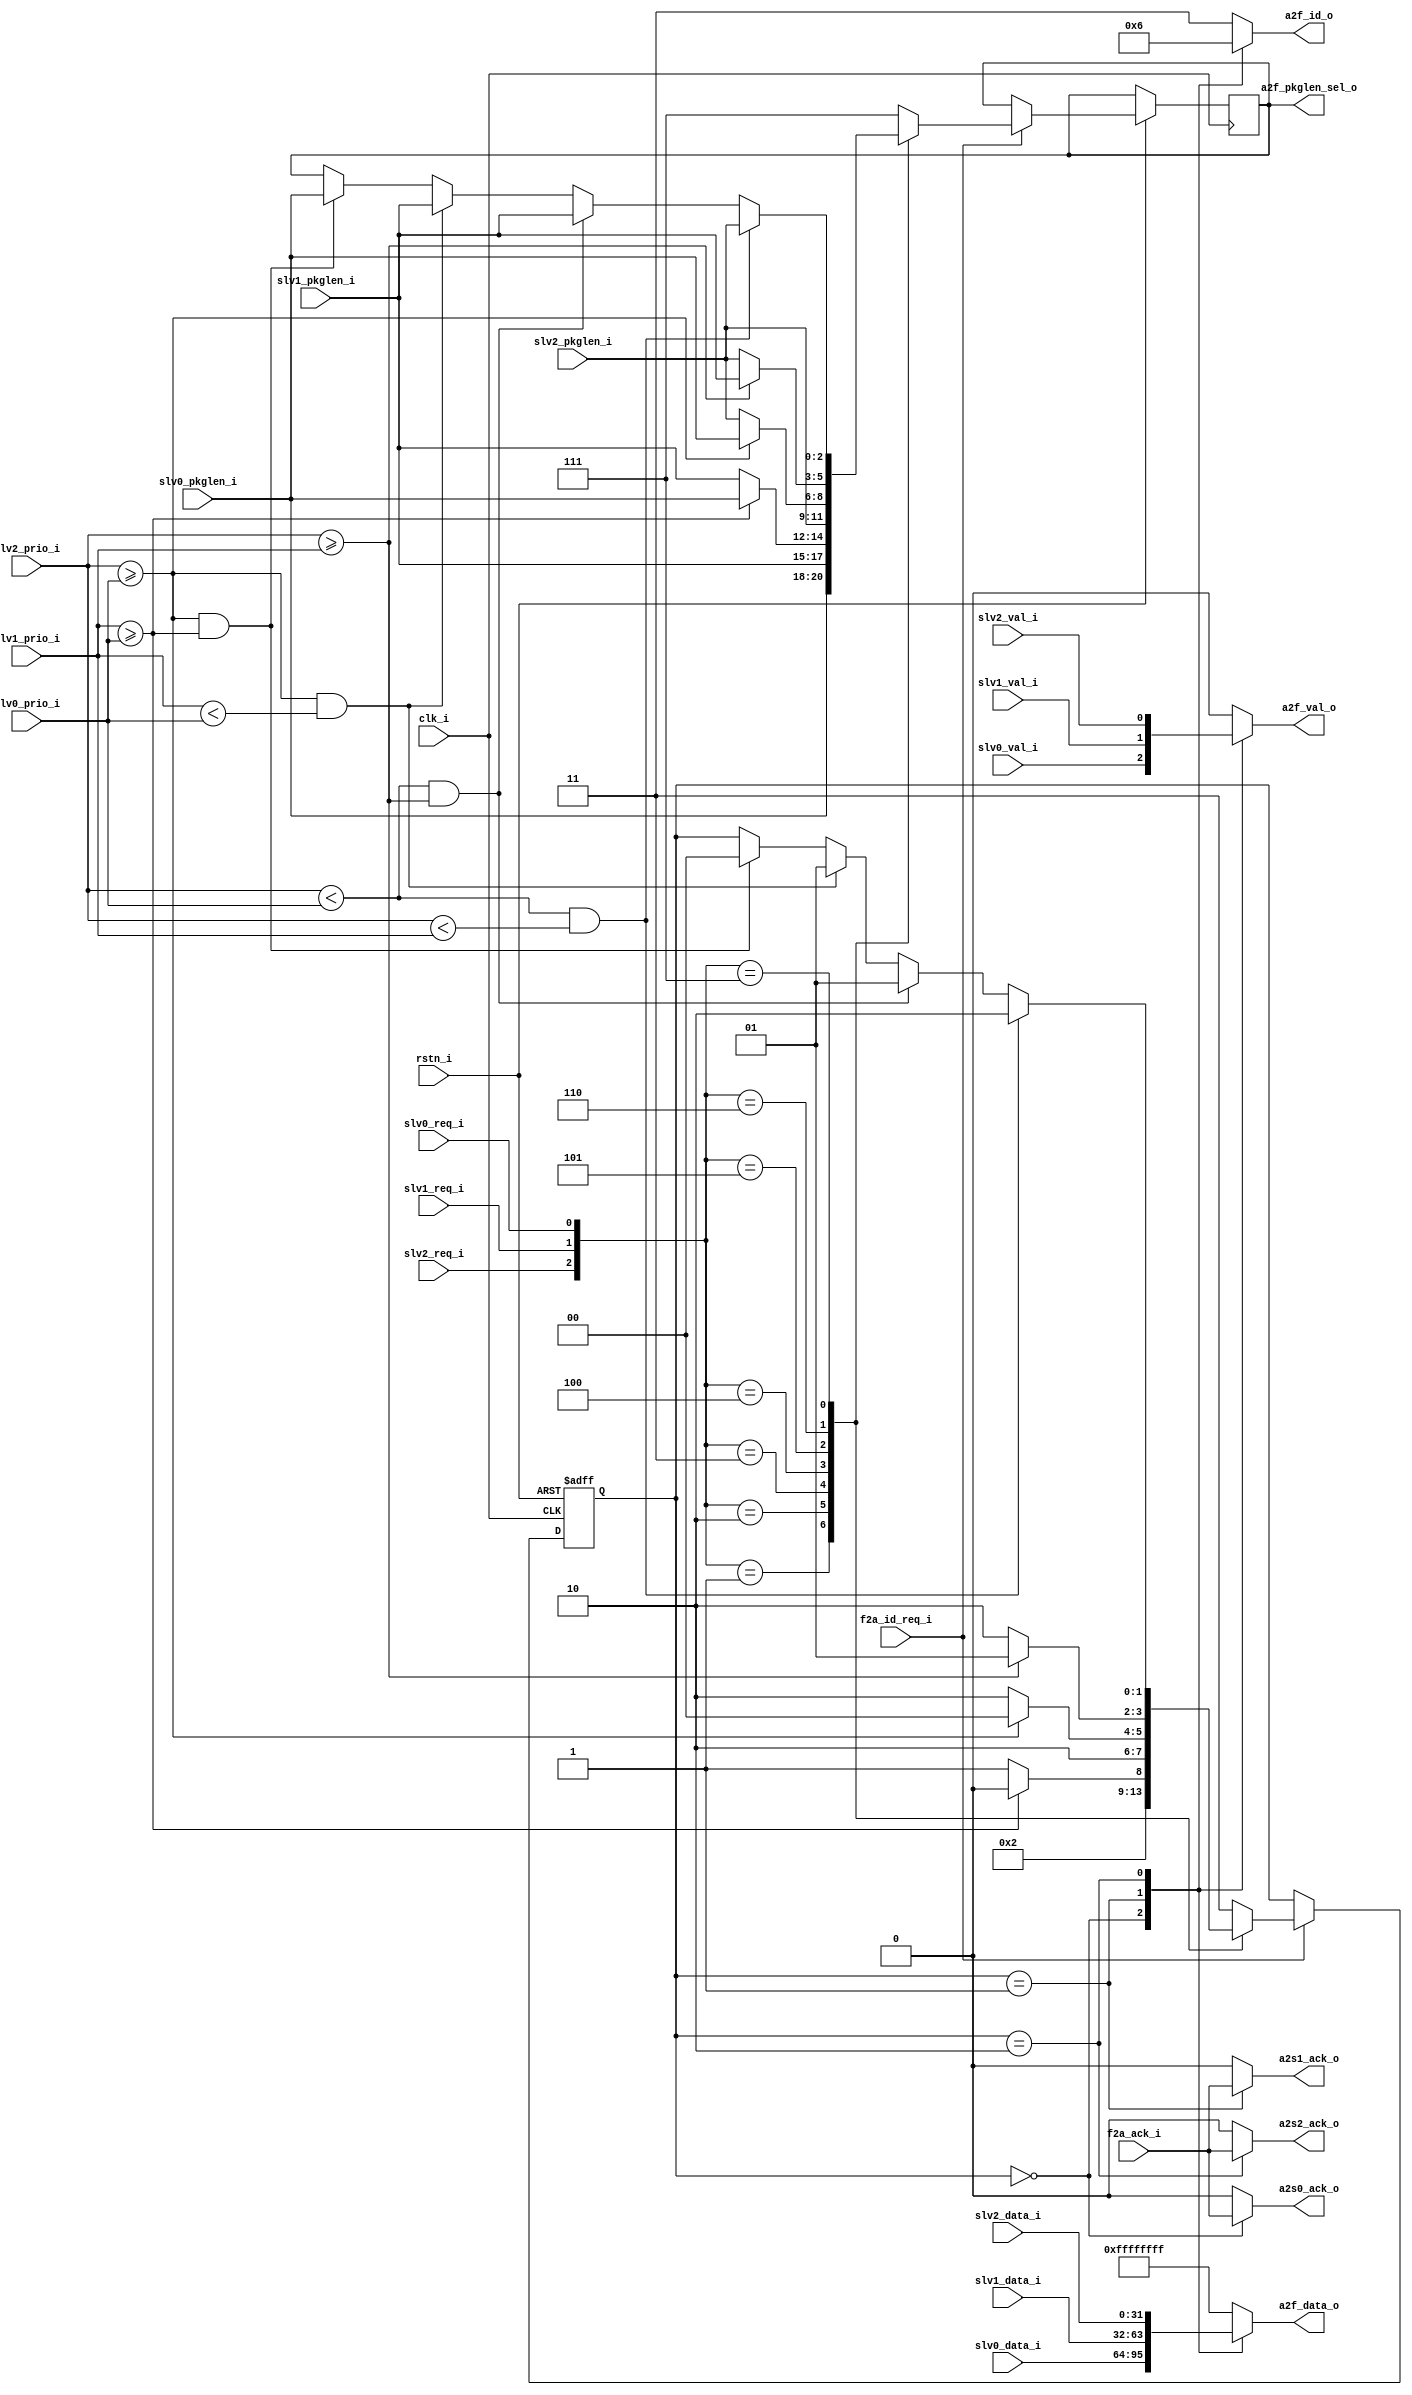
//------------------------------------------------------------------------------------------------------------------------//
//change log 2017-08-20 Arbiter complete package length select and keep Not in Formater
//                      Need to update to configurable round robin arbiter  -----  @@ZS
//------------------------------------------------------------------------------------------------------------------------//
module arbiter(
input                    clk_i,
input                    rstn_i,

//connect with registers
input  [1:0]             slv0_prio_i,
input  [1:0]             slv1_prio_i,
input  [1:0]             slv2_prio_i,
input [2:0] 				 slv0_pkglen_i,
input [2:0]					 slv1_pkglen_i,
input [2:0]					 slv2_pkglen_i,

//connect with slave port
input  [31:0]            slv0_data_i,
input  [31:0]            slv1_data_i,
input  [31:0]            slv2_data_i,
input                    slv0_req_i,
input                    slv1_req_i,
input                    slv2_req_i,
input                    slv0_val_i,
input                    slv1_val_i,
input                    slv2_val_i,
output                   a2s0_ack_o,
output                   a2s1_ack_o,
output                   a2s2_ack_o,

//connect with formater
input                    f2a_id_req_i,
input                    f2a_ack_i,
output                   a2f_val_o,
output [1:0]             a2f_id_o,
output [31:0]            a2f_data_o,
output [2:0] 				 a2f_pkglen_sel_o
);
//////////////////////////////////////////////////////////

reg                   a2f_val_r;
reg [1:0]             a2f_id_r;
reg [31:0]            a2f_data_r;
reg [1:0]             id_sel_r;
reg [2:0] 				 a2f_pkglen_sel_r;

always @ (posedge clk_i or negedge rstn_i)
begin : CHANEL_SELECT
  if (!rstn_i) id_sel_r  = 2'b11;
  else if (f2a_id_req_i)
         case ({slv2_req_i,slv1_req_i,slv0_req_i})  
				3'b001: 	begin 
							id_sel_r <= 2'b00;
							a2f_pkglen_sel_r = slv0_pkglen_i;
							end 
							
				3'b010: 	begin
							id_sel_r <= 2'b01;
							a2f_pkglen_sel_r = slv1_pkglen_i;
							end 
				
				3'b011: 	begin
							if(slv1_prio_i >= slv0_prio_i) 
								begin
									id_sel_r <= 2'b00;
									a2f_pkglen_sel_r = slv0_pkglen_i;
								end 
							else 
								begin
									id_sel_r <= 2'b01;
									a2f_pkglen_sel_r = slv1_pkglen_i;
								end 
							end 
							
				3'b100: 	begin
								id_sel_r <= 2'b10;
								a2f_pkglen_sel_r = slv2_pkglen_i;
							end 
							
				3'b101: 	begin
							if(slv2_prio_i >= slv0_prio_i) 
								begin
									id_sel_r <= 2'b00;
									a2f_pkglen_sel_r = slv0_pkglen_i;
								end 
							else 
								begin
									id_sel_r <= 2'b10;
									a2f_pkglen_sel_r = slv2_pkglen_i;
								end 
							end
							
		     3'b110: 	begin
							if(slv2_prio_i >= slv1_prio_i) 
								begin
									id_sel_r <= 2'b01;
									a2f_pkglen_sel_r = slv1_pkglen_i;
								end 
							else 
								begin
									id_sel_r <= 2'b10;
									a2f_pkglen_sel_r = slv2_pkglen_i;
								end 
							end
							
		     3'b111: 	begin
							      if(slv2_prio_i >= slv0_prio_i && slv1_prio_i >= slv0_prio_i)  
										begin 
											id_sel_r <= 2'b00;
											a2f_pkglen_sel_r = slv0_pkglen_i;
										end  																														//priority 0>1 && 0>2
							      if(slv2_prio_i >= slv0_prio_i && slv1_prio_i < slv0_prio_i)   
										begin
											id_sel_r <= 2'b01;              																				//priority 1>0>2
											a2f_pkglen_sel_r = slv1_pkglen_i;
										end 
							      if(slv2_prio_i < slv0_prio_i && slv2_prio_i >= slv1_prio_i)   
										begin
											id_sel_r <= 2'b01; 																								//priority 1>2>0
											a2f_pkglen_sel_r = slv1_pkglen_i;
										end 	
							      if(slv2_prio_i < slv0_prio_i && slv2_prio_i < slv1_prio_i)    
										begin 
											id_sel_r <= 2'b10; 																								//priority 2>0 && 2>1
											a2f_pkglen_sel_r = slv2_pkglen_i;
										end 
							    end

		     default: 	begin 
								id_sel_r <= 2'b11;
								a2f_pkglen_sel_r = 3'b111;
							end 
							
		     endcase 

       else 
			begin
				id_sel_r <= id_sel_r;
				a2f_pkglen_sel_r <= a2f_pkglen_sel_r;
			end 
end 

//////////////////////////////////////////////////////////

always@( id_sel_r or slv0_data_i or slv1_data_i or slv2_data_i or
        slv0_val_i or slv1_val_i or slv2_val_i) begin
  case ( id_sel_r)
    2'b00: begin
      a2f_id_r = 2'b00;
      a2f_data_r = slv0_data_i;
      a2f_val_r = slv0_val_i;
    end
    2'b01: begin
      a2f_id_r = 2'b01;
      a2f_data_r = slv1_data_i;
      a2f_val_r = slv1_val_i;
    end
    2'b10: begin
      a2f_id_r = 2'b10;
      a2f_data_r = slv2_data_i;
      a2f_val_r = slv2_val_i;
    end
    default :begin
      a2f_id_r = 2'b11;               
      a2f_data_r = 32'hffff_ffff; 
      a2f_val_r = 1'b0;
    end
  endcase
end

assign a2s0_ack_o = ( id_sel_r == 2'b00)?f2a_ack_i:1'b0;
assign a2s1_ack_o = ( id_sel_r == 2'b01)?f2a_ack_i:1'b0;
assign a2s2_ack_o = ( id_sel_r == 2'b10)?f2a_ack_i:1'b0;

/////////////////////////////////////////////////////////////////////////////////////////////////
assign  a2f_val_o = a2f_val_r;
assign  a2f_id_o = a2f_id_r;
assign  a2f_data_o = a2f_data_r;
assign  a2f_pkglen_sel_o = a2f_pkglen_sel_r;


endmodule